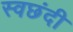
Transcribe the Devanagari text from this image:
स्वछंदी